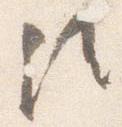
候